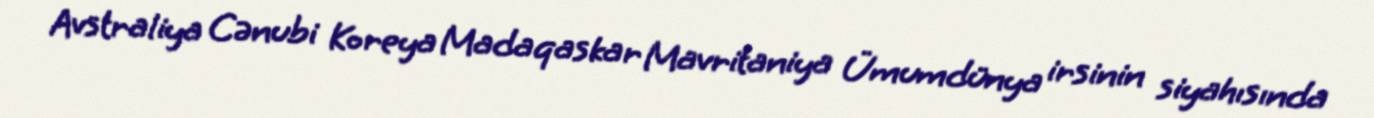
Avstraliya Cənubi Koreya Madaqaskar Mavritaniya Ümumdünya irsinin siyahısında